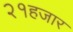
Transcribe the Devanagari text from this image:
२१हजार